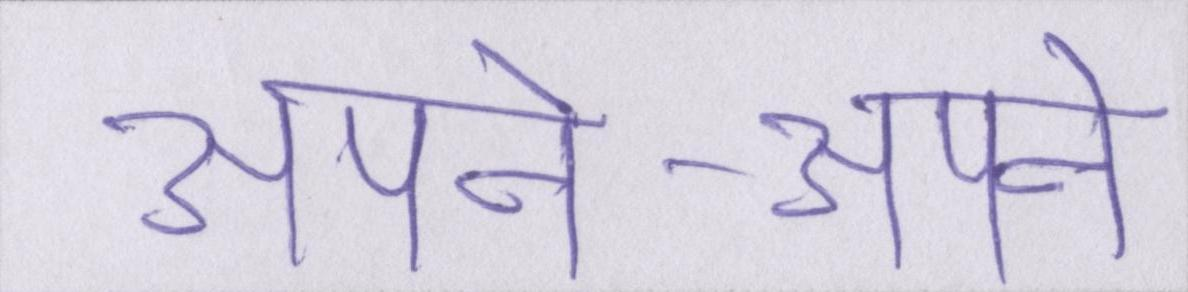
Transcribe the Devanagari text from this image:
अपने-अपने